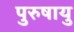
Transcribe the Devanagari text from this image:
पुरुषायु